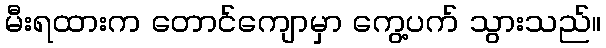
မီးရထားက တောင်ကျောမှာ ကွေ့ပက် သွားသည်။